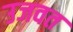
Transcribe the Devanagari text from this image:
उजवत